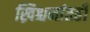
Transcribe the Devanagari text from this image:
ख्रिश्चनांतही